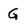
Character: G